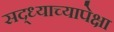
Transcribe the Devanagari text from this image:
सद्ध्याच्यापेक्षा